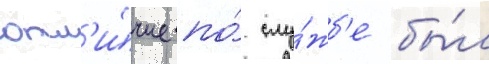
отл'и́чие по́ слу́жб'е бы́л